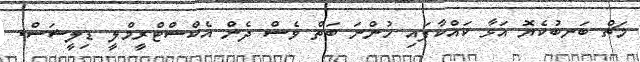
މަޗް ބަނބުކެޔޮ އަޅާ ކައްކާފައި ހުންނަ ބަތް ވެސް ދެން އެކްސްޓްރީމްލީ ޑިލީޝަސް.